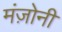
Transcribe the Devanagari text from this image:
मंज़ोनी